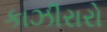
કાઝીરારો